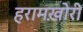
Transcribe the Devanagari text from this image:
हरामख़ोरी